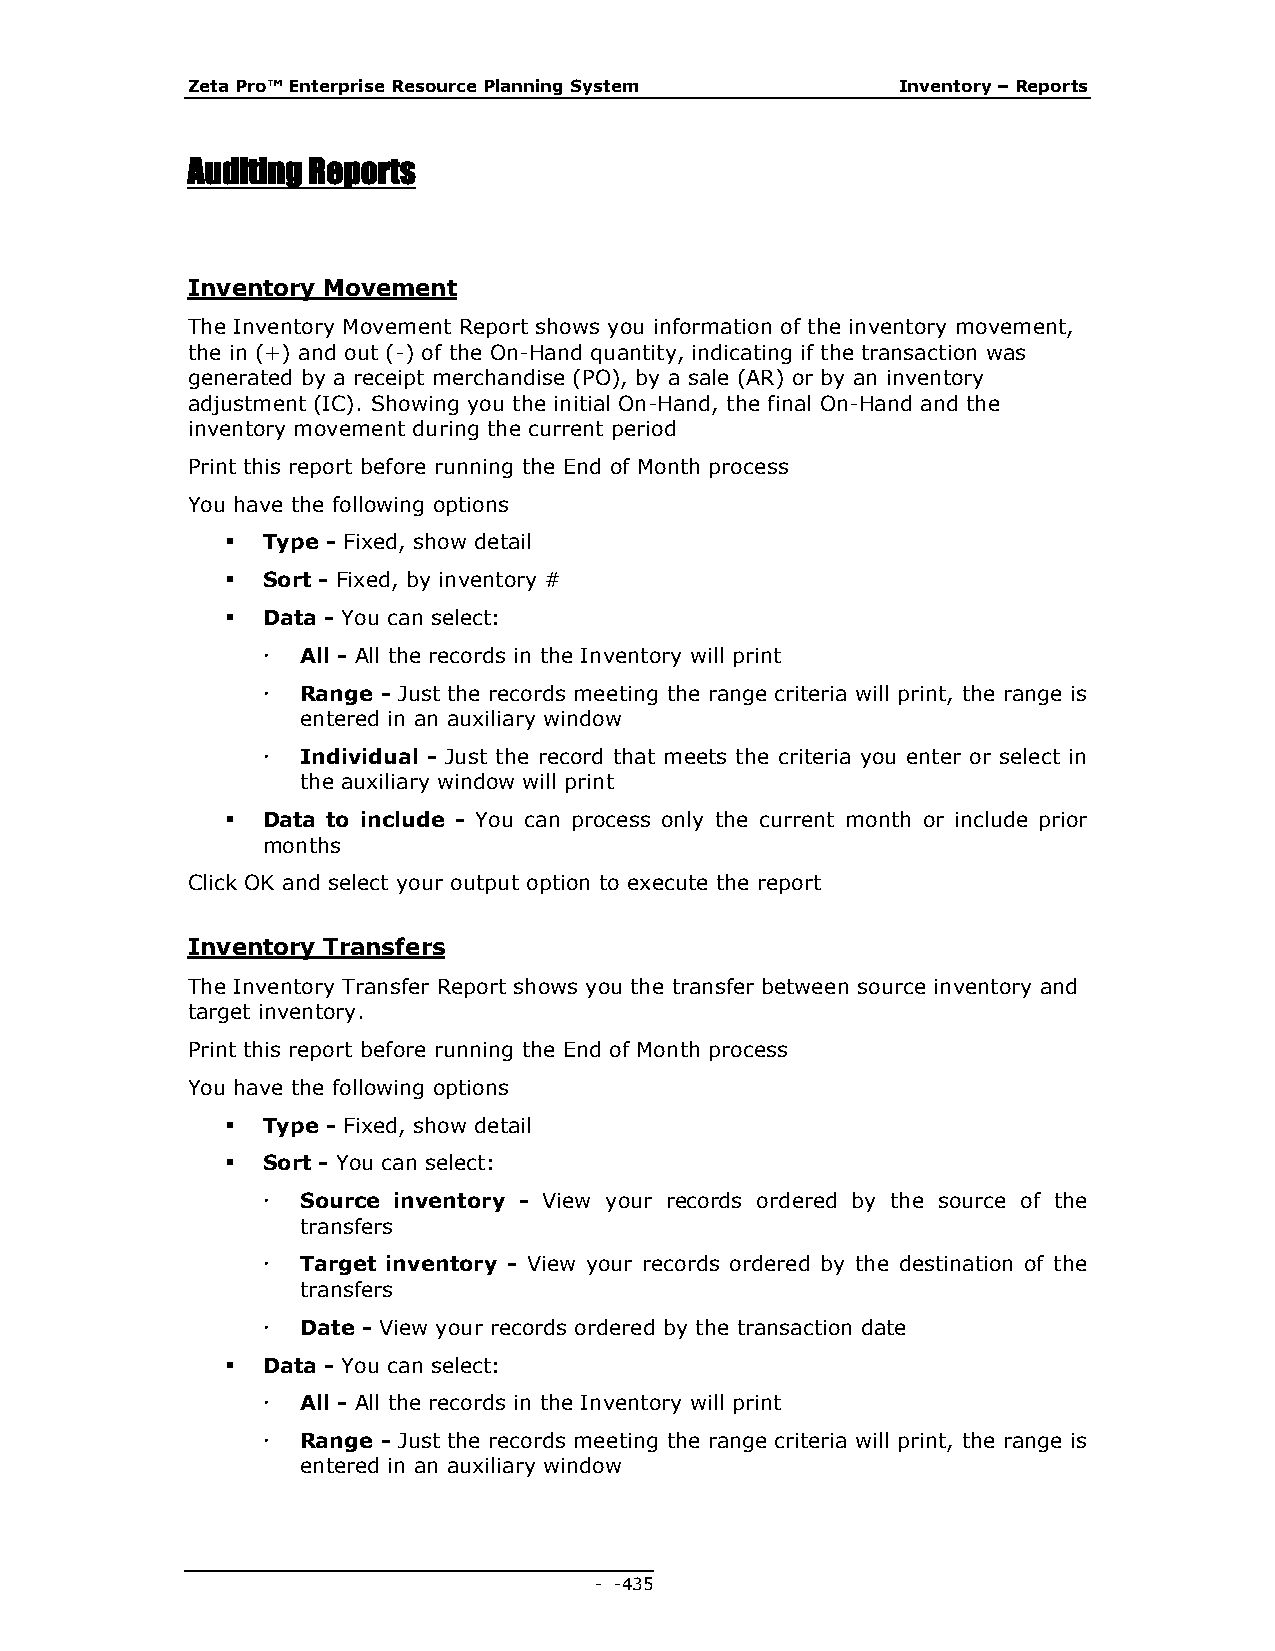
Zeta Pro™ Enterprise Resource Planning System   Inventory – Reports
 Auditing Reports
 Inventory Movement
 The Inventory Movement Report shows you information of the inventory movement,
 the in (+) and out (-) of the On-Hand quantity, indicating if the transaction was
 generated by a receipt merchandise (PO), by a sale (AR) or by an inventory
 adjustment (IC). Showing you the initial On-Hand, the final On-Hand and the
 inventory movement during the current period
 Print this report before running the End of Month process
 You have the following options
  Type - Fixed, show detail
  Sort - Fixed, by inventory #
  Data - You can select:
   All - All the records in the Inventory will print
   Range - Just the records meeting the range criteria will print, the range is
 entered in an auxiliary window
   Individual - Just the record that meets the criteria you enter or select in
 the auxiliary window will print
  Data to include - You can process only the current month or include prior
 months
 Click OK and select your output option to execute the report
 Inventory Transfers
 The Inventory Transfer Report shows you the transfer between source inventory and
 target inventory.
 Print this report before running the End of Month process
 You have the following options
  Type - Fixed, show detail
  Sort - You can select:
   Source inventory - View your records ordered by the source of the
 transfers
   Target inventory - View your records ordered by the destination of the
 transfers
   Date - View your records ordered by the transaction date
  Data - You can select:
   All - All the records in the Inventory will print
   Range - Just the records meeting the range criteria will print, the range is
 entered in an auxiliary window
 - - 435